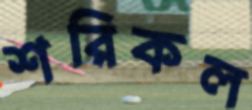
শরিকল